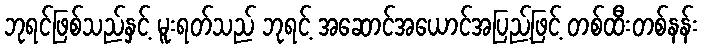
ဘုရင်ဖြစ်သည်နှင့် မူးရတ်သည် ဘုရင့် အဆောင်အယောင်အပြည့်ဖြင့် တစ်ထီးတစ်နန်း